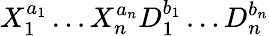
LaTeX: X_{1}^{a_{1}}\ldots X_{n}^{a_{n}}D_{1}^{b_{1}}\ldots D_{n}^{b_{n}}